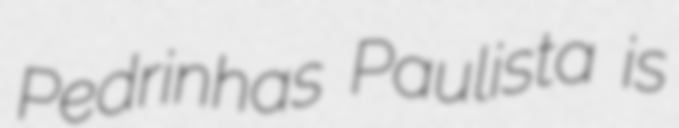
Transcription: Pedrinhas Paulista is